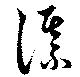
謀